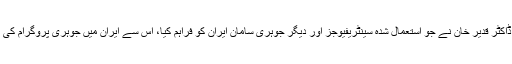
اُن کا کہنا تھا کہ ڈاکٹر قدیر خان نے جو استعمال شدہ سینٹریفیوجز اور دیگر جوہری سامان ایران کو فراہم کیا، اس سے ایران میں جوہری پروگرام کی رفتار تیز ہو گئی۔